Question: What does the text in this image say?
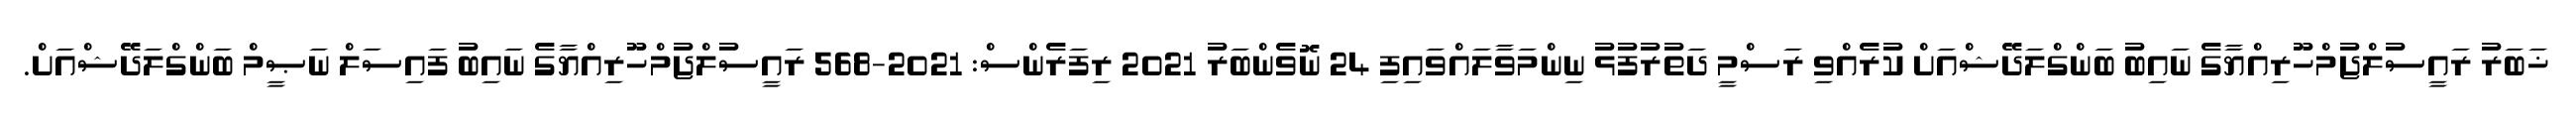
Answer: ޚަބަރު ރައީސުލްޖުމްހޫރިއްޔާގެ ނައިބު ބަންގްލަދޭޝްއަށް ކުރެއްވި ރަސްމީ ދަތުރުފުޅު ނިންމަވާލައްވައިފި 24 ނޮވެންބަރު 2021 ރިފަރެންސް: 2021-568 ރައީސުލްޖުމްހޫރިއްޔާގެ ނައިބު ފައިސަލް ނަޞީމް ބަންގްލަދޭޝްއަށް.